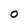
Character: 0